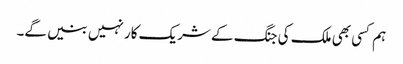
ہم کسی بھی ملک کی جنگ کے شریک کار نہیں بنیں گے۔